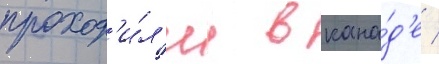
проход'и́л'и в кана́д'е /